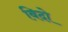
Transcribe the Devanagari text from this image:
बिदो